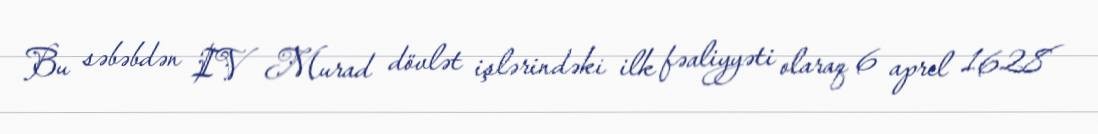
Bu səbəbdən IV Murad dövlət işlərindəki ilk fəaliyyəti olaraq 6 aprel 1628